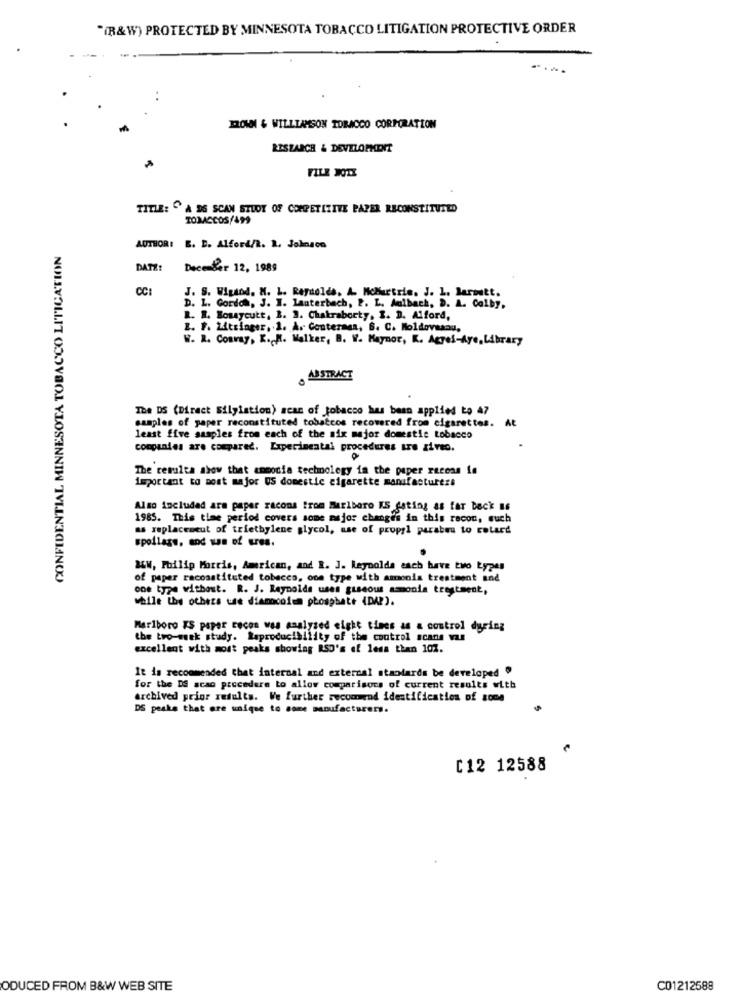
"(R&W) PROTECTED BY MINNESOTA TOBACCO LITIGATION PROTECTIVE ORDER
. .
FROMM & WILLIAMSON TOBACCO CORPORATION
RESEARCH & DEVELOPEDIT
TITLE: " A DS SCAN STUDY OF COMPETITIVE PAPER RECONSTITUTED
CONFIDENTIAL MINNESOTA TOBACCO LITICATION
AUTHOR: E. D. Alfort/i. 2. Johnson
DATE:
Dece Ber 12, 1989
CC:
J. S. Wigand. H. L. Reynolds, A. HoMurtrie. J. L. larmett.
D. L. Gordon, J. I. Lauterbach, 2. L. Aulbach, D. A. Colby,
R. R. Bouycutt, B. 3. Chakraborty, I. D. Alford,
Z. F. Mitsinger, 1. A. Conterasa, B. C. Moldovasau.
W. R. Convay, K. H. Walker, B. V. Maynor, K. Agyel-Aye, Library
ABSTRACT
The DS (Direct Silyistion) scan of tobacco has been applied to 47
samples of paper reconstituted tobaccos recovered from cigarettes.
least five samples from each of the six mejor domestic tobacco
companies are compared. Experimental procedures are zireo.
The resulta show that ammonia technology in the paper recess ie
important to most major OS domestic cigarette manufacturers
Also included arm paper racons from Marlboro KS dating as far beck is
1985. This time period covers some major changes in this recon, such
as replaceneut of triethylene glycol, use of propyl paraben to cotard
spoilage, and we of ures.
MEW, Philip Morris, American, and R. J. Reynolds each have two types
of paper racosstituted tobacco, oom type with amonia treatment and
one type without. R. J. Reynolds uses gaseous amonia treatment,
while the others use diamocoium phosphate (DAP).
Marlboro IS paper recon was analysed eight tines as a control dyring
the two-week study. Reproducibility of the control scans vs
excellent with most peaks showing RSO's of less than 107.
It is recommended that internal and external standards be developed "
for the DS acao procedere to allow comparisons of current results with
archived prior results. We further recommend identification of some
DS peake that are unique to some manufacturers.
[12 12588
ODUCED FROM B&W WEB SITE
C01212588